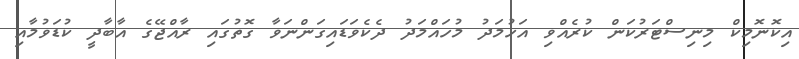
އިކޮޮނޮމިކް މިނިސްޓަރުކަން ކުރެއްވި އަހުމަދު މުހައްމަދު ދެކެވަޑައިގަންނަވާ ގޮތުގައި ރާއްޖޭގެ އާބާދީ ކުޑަވުމާއި